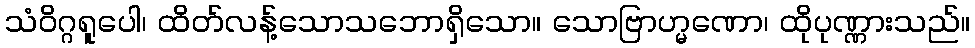
သံဝိဂ္ဂရူပေါ၊ ထိတ်လန့်သောသဘောရှိသော။ သောဗြာဟ္မဏော၊ ထိုပုဏ္ဏားသည်။